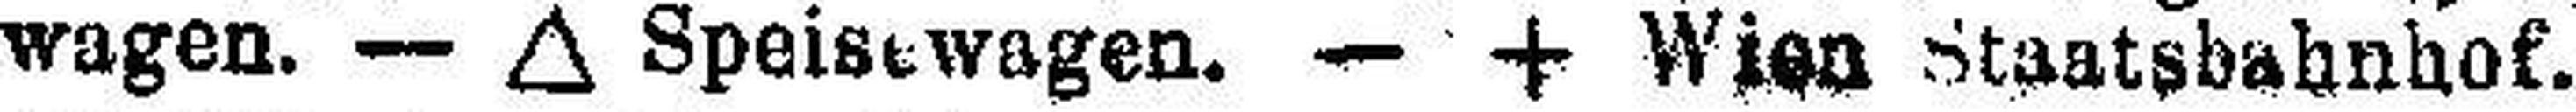
wagen. — ∆ Speisewagen. — + Wien Staatsbahnhof.